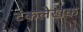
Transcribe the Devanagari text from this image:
टंकलेखक